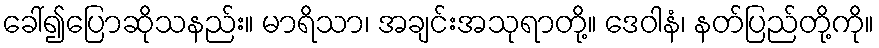
ခေါ်၍ပြောဆိုသနည်း။ မာရိသာ၊ အချင်းအသုရာတို့။ ဒေဝါနံ၊ နတ်ပြည်တို့ကို။